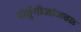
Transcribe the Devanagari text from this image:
पोर्तुगीजांजवळ